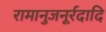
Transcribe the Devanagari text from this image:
रामानुजनूर्रदादि